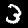
Label: 3